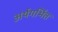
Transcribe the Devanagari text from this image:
अर्थगर्भित